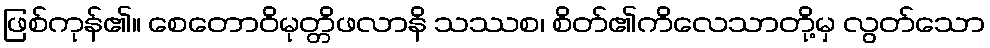
ဖြစ်ကုန်၏။ စေတောဝိမုတ္တိဖလာနိ သဿစ၊ စိတ်၏ကိလေသာတို့မှ လွတ်သော